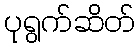
ပုရွက်ဆိတ်